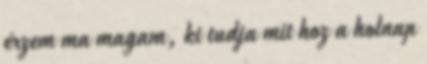
érzem ma magam, ki tudja mit hoz a holnap